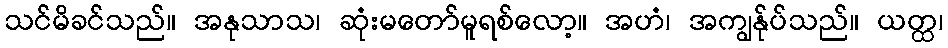
သင်မိခင်သည်။ အနုသာသ၊ ဆုံးမတော်မူရစ်လော့။ အဟံ၊ အကျွန်ုပ်သည်။ ယတ္ထ၊